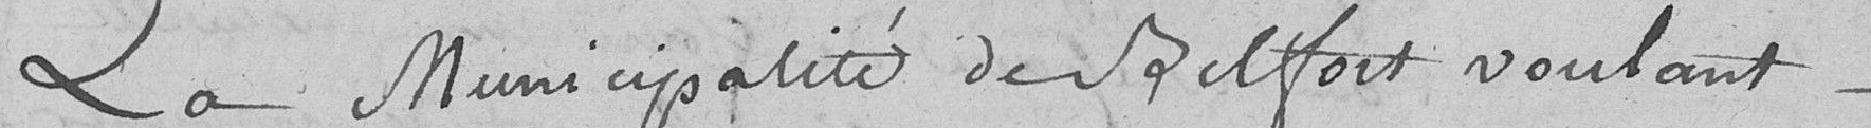
La municipalité de Belfort voulant